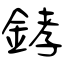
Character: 﨧